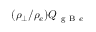
( \rho _ { \perp } / \rho _ { e } ) Q _ { \mathrm { ~ g ~ B ~ } e }